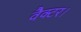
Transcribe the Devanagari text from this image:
वैक्टर।